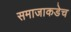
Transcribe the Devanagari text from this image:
समाजाकडेच